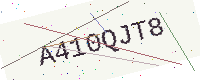
Text: A410QJT8